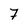
Character: 7